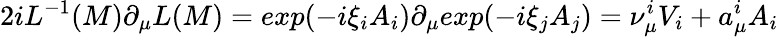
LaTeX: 2iL^{-1}(M)\partial_{\mu}L(M)=exp({-i}\xi_{i}A_{i})\partial_{\mu}exp({-i}\xi_{j}A_{j})=\nu_{\mu}^{i}V_{i}+a_{\mu}^{i}A_{i}